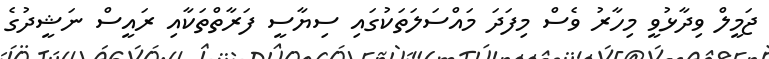
ޖަމީލް ވިދާޅުވީ މިހާރު ވެސް މިފަދަ މައްސަލަތަކުގައި ސިޔާސީ ފަރާތްތަކާއި ރައީސް ނަޝީދުގެ